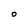
Character: O